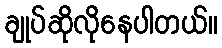
ချုပ်ဆိုလိုနေပါတယ်။